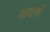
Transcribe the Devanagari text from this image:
श्रवणें